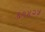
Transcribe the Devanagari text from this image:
६९४२५